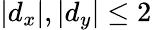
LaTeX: |d_{x}|,|d_{y}|\leq 2